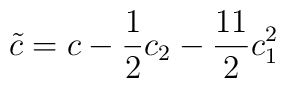
{\tilde c}=c-{1\over 2}c_2-{11\over 2}c_1^2